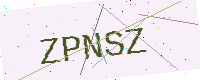
Text: ZPNSZ